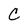
Character: C